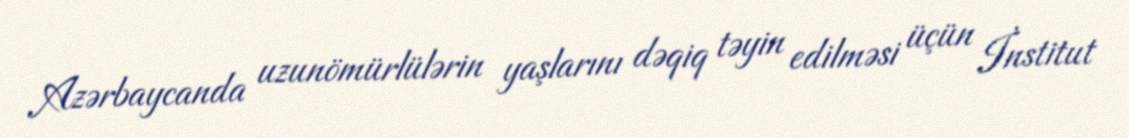
Azərbaycanda uzunömürlülərin yaşlarını dəqiq təyin edilməsi üçün İnstitut